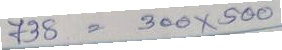
738 = 300x500